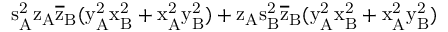
\mathrm { s _ { A } ^ { 2 } \mathrm { z _ { A } \mathrm { \overline { { z } } _ { B } ( \mathrm { y _ { A } ^ { 2 } \mathrm { x _ { B } ^ { 2 } + \mathrm { x _ { A } ^ { 2 } \mathrm { y _ { B } ^ { 2 } ) + \mathrm { z _ { A } \mathrm { s _ { B } ^ { 2 } \mathrm { \overline { { z } } _ { B } ( \mathrm { y _ { A } ^ { 2 } \mathrm { x _ { B } ^ { 2 } + \mathrm { x _ { A } ^ { 2 } \mathrm { y _ { B } ^ { 2 } ) } } } } } } } } } } } } } }